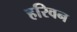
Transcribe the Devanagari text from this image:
हरिवन